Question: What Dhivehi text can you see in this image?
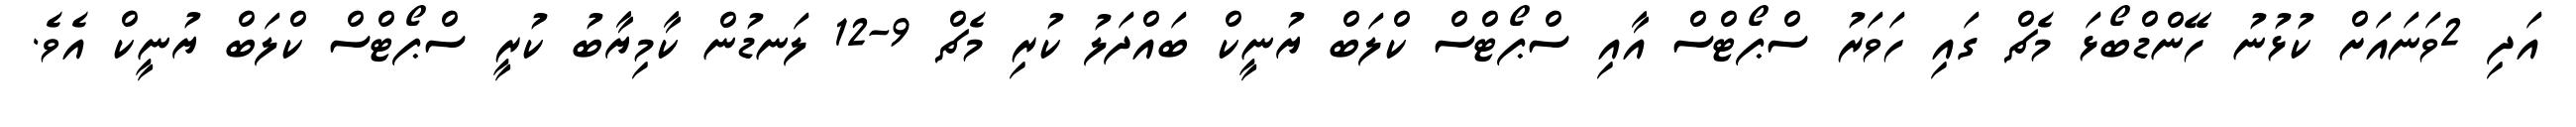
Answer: އަދި 2ވަނައަށް ކުޅުނު ހޭންޑްބޯޅަ މެޗް ގައި ހަވަރު ސްޕޯޓްސް އާއި ސްޕޯޓްސް ކްލަބް ޔުނީކް ބައްދަލު ކުރި މެޗް 9-12 ލަނޑުން ކާމިޔާބު ކުރީ ސްޕޯޓްސް ކްލަބް ޔުނީކް އެވެ.